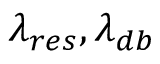
\lambda _ { r e s } , \lambda _ { d b }